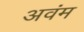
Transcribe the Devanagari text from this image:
अवंम